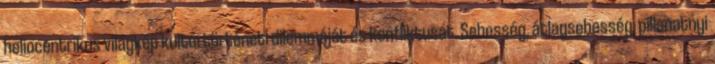
heliocentrikus világkép kultúrtörténeti dilemmáját és konfliktusát. Sebesség, átlagsebesség, pillanatnyi